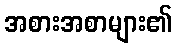
အစားအစာများ၏